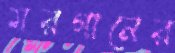
মরগানের